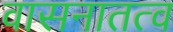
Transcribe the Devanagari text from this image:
वासनातत्व